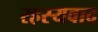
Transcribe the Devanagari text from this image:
रहस्‍यवाद